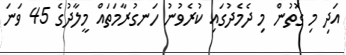
އަދި މި ގޮތުން މި ދެމެދުގައި ކުރެވުނު ހަނގުރާމަތައް މީލާދުގެ 45 ވަނަ